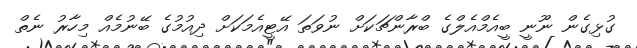
ގުޅިގެން ނޫނީ ބީއެމްއެލްގެ ބްރާންޗަކަށް ނުވަތަ އޭޓީއެމަކަށް ދިއުމުގެ ބޭނުމެއް މިހާރު ނެތް